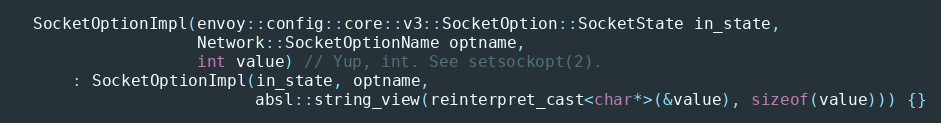
Language: C
  SocketOptionImpl(envoy::config::core::v3::SocketOption::SocketState in_state,
                   Network::SocketOptionName optname,
                   int value) // Yup, int. See setsockopt(2).
      : SocketOptionImpl(in_state, optname,
                         absl::string_view(reinterpret_cast<char*>(&value), sizeof(value))) {}